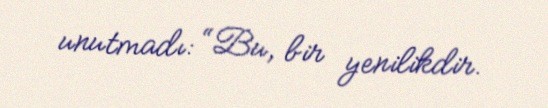
unutmadı: “Bu, bir yenilikdir.